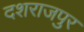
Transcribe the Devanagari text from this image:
दशराजपुर